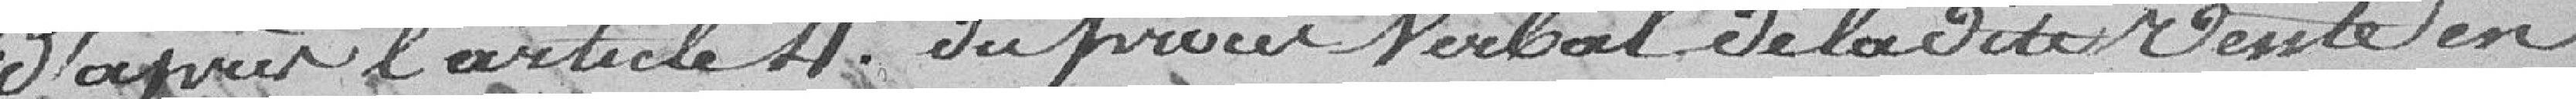
D'après l'article 4. du procès verbal de la dite vente en